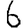
Digit: 6